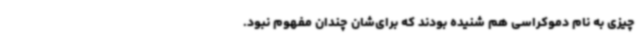
چیزی به نام دموکراسی هم شنیده بودند که برای‌شان چندان مفهوم نبود.